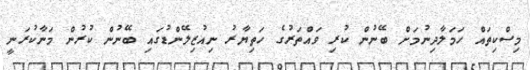
މިސްކިތައް ހަމަލާދިނުމަށް ބޭނުން ކުރި ވައްތަރުގެ ހަތިޔާރު ނިއުޒިލޭންޑުގައި ބޭނުން ކުރުން މަނާކުރަނީ